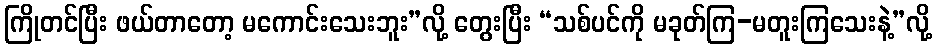
ကြိုတင်ပြီး ဖယ်တာတော့ မကောင်းသေးဘူး”လို့ တွေးပြီး “သစ်ပင်ကို မခုတ်ကြ-မတူးကြသေးနဲ့”လို့